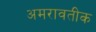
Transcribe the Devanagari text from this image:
अमरावतीक